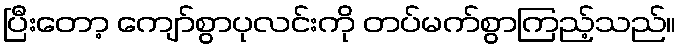
ပြီးတော့ ကျော်စွာပုလင်းကို တပ်မက်စွာကြည့်သည်။